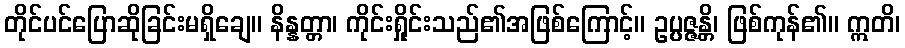
တိုင်ပင်ပြောဆိုခြင်းမရှိချေ။ နိန္နတ္တာ၊ ကိုင်းရှိုင်းသည်၏အဖြစ်ကြောင့်။ ဥပ္ပဇ္ဇန္တိ၊ ဖြစ်ကုန်၏။ ဣတိ၊